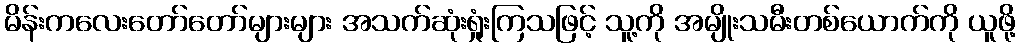
မိန်းကလေးတော်တော်များများ အသက်ဆုံးရှုံးကြသဖြင့် သူ့ကို အမျိုးသမီးတစ်ယောက်ကို ယူဖို့